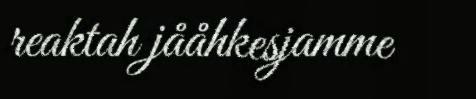
reaktah jååhkesjamme